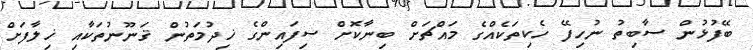
ބޭފުޅުން ސާބިތު ނުހިފޭ ހެކިތަކެއްގެ މައްޗަށް ބިނާކޮށް ސިފައިންގެ ޚިދުމަތުން ޤަނޫނުތަކާއި ޚިލާފަށް